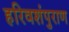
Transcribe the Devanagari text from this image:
हरिवशंपुराण